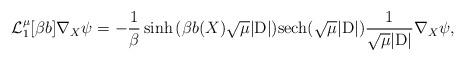
LaTeX: \begin{align*} \mathcal{L}_{1}^{\mu}[\beta b]\nabla_X\psi = - \frac{1}{\beta}\sinh{(\beta b(X) \sqrt{\mu}|\mathrm{D}|)}\mathrm{sech}(\sqrt{\mu}|\mathrm{D}|)\dfrac{1}{\sqrt{\mu}|\mathrm{D}|}\nabla_X\psi, \end{align*}